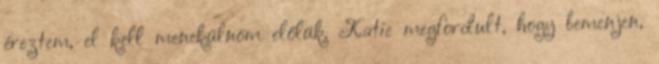
éreztem, el kell menekülnöm előlük. Katie megfordult, hogy bemenjen,